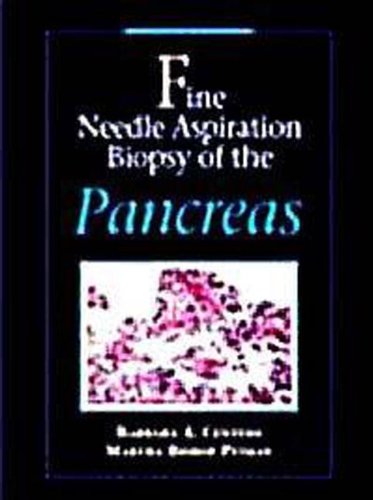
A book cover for Fine Needle Aspiration Biopsy of the Pancreas; Barbara Centeno; Medical Books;